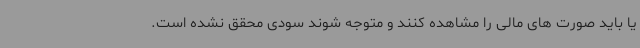
یا باید صورت های مالی را مشاهده کنند و متوجه شوند سودی محقق نشده است.